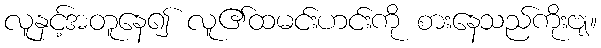
လူနှင့်အတူနေ၍ လူ၏ထမင်းဟင်းကို စားနေသည်ကိုးဗျ။